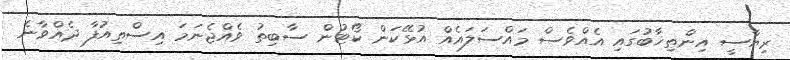
ރިޔާސީ އިންތިޚާބުގައި އެއްވެސް މައްސަލައެއް އުޅޭކަން ކޯޓުން ސާބިތު ވެއްޖެނަމަ އިސްތިއުފާ ދެއްވާނެ